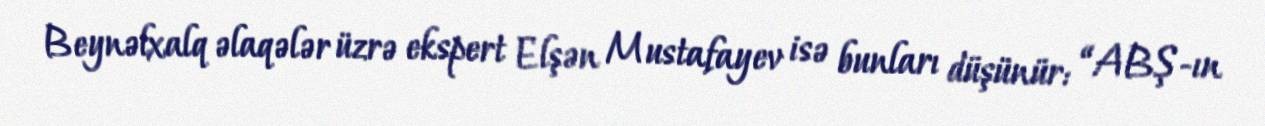
Beynəlxalq əlaqələr üzrə ekspert Elşən Mustafayev isə bunları düşünür: “ABŞ-ın